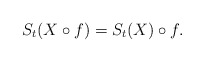
\begin{align*} S_t(X\circ f)=S_t(X)\circ f.\end{align*}